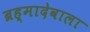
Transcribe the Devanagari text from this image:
ब्रह्मादेवाला